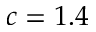
c = 1 . 4